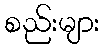
စည်းများ